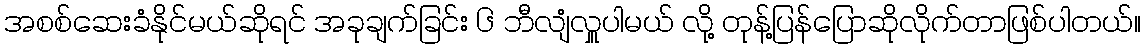
အစစ်ဆေးခံနိုင်မယ်ဆိုရင် အခုချက်ခြင်း ၆ ဘီလျံလှူပါမယ် လို့ တုန့်ပြန်ပြောဆိုလိုက်တာဖြစ်ပါတယ်။